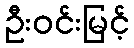
ဦးဝင်းမြင့်